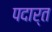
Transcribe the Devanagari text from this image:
पदार्त